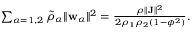
\begin{array} { r } { \sum _ { \alpha = 1 , 2 } \tilde { \rho } _ { \alpha } \| \mathbf { w } _ { \alpha } \| ^ { 2 } = \frac { \rho \| \mathbf { J } \| ^ { 2 } } { 2 \rho _ { 1 } \rho _ { 2 } ( 1 - \phi ^ { 2 } ) } . } \end{array}